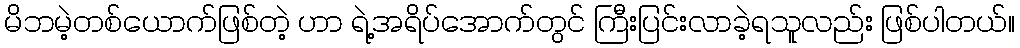
မိဘမဲ့တစ်ယောက်ဖြစ်တဲ့ ဟာ ရဲ့အရိပ်အောက်တွင် ကြီးပြင်းလာခဲ့ရသူလည်း ဖြစ်ပါတယ်။